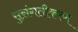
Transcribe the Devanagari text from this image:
सुसंगतीकरण